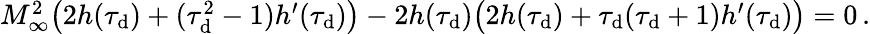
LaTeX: \begin{array}{r}{M_{\infty}^{2}\big(2h(\tau_{\mathrm{d}})+(\tau_{\mathrm{d}}^{2}-1)h^{\prime}(\tau_{\mathrm{d}})\big)-2h(\tau_{\mathrm{d}})\big(2h(\tau_{\mathrm{d}})+\tau_{\mathrm{d}}(\tau_{\mathrm{d}}+1)h^{\prime}(\tau_{\mathrm{d}})\big)=0\, .}\end{array}